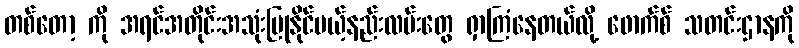
တစ်တော့ ကို အရင်အတိုင်းအသုံးပြုနိုင်မယ့်နည်းလမ်းတွေ ရှာကြံနေတယ်လို့ ဖောက်စ် သတင်းဌာနကို